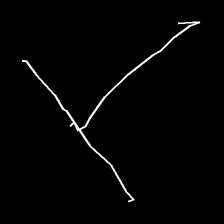
Glyph: column